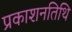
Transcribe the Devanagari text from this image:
प्रकाशनतिथि